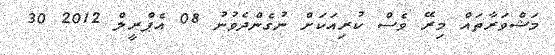
މަޝްވަރާތައް މިރޭ ވެސް ކުރިއަކަށް ނުގެންދެވުނު 08 އެޕްރީލް 2012 30